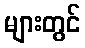
များတွင်